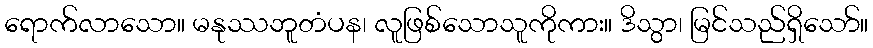
ရောက်လာသော။ မနုဿဘူတံပန၊ လူဖြစ်သောသူကိုကား။ ဒိသွာ၊ မြင်သည်ရှိသော်။